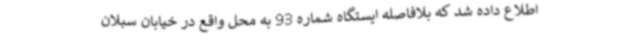
اطلاع داده شد که بلافاصله ایستگاه شماره 93 به محل واقع در خیابان سبلان